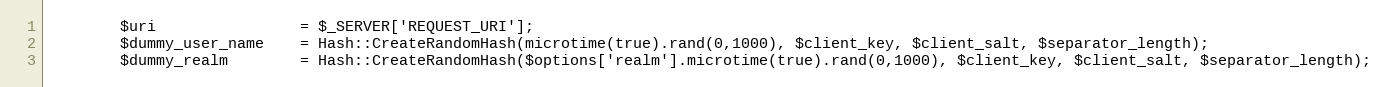
Language: PHP
		$uri				= $_SERVER['REQUEST_URI'];
		$dummy_user_name	= Hash::CreateRandomHash(microtime(true).rand(0,1000), $client_key, $client_salt, $separator_length);
		$dummy_realm		= Hash::CreateRandomHash($options['realm'].microtime(true).rand(0,1000), $client_key, $client_salt, $separator_length);